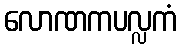
လောဏကပလ္လကံ